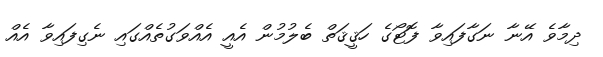
ދިމާވެ އޭނާ ނަގާފައިވާ ފޮޓޯގެ ހަޤީޤަތް ބެލުމުން އެއީ އެއްވަގުތެއްގައި ނެގިފައިވާ އެއް